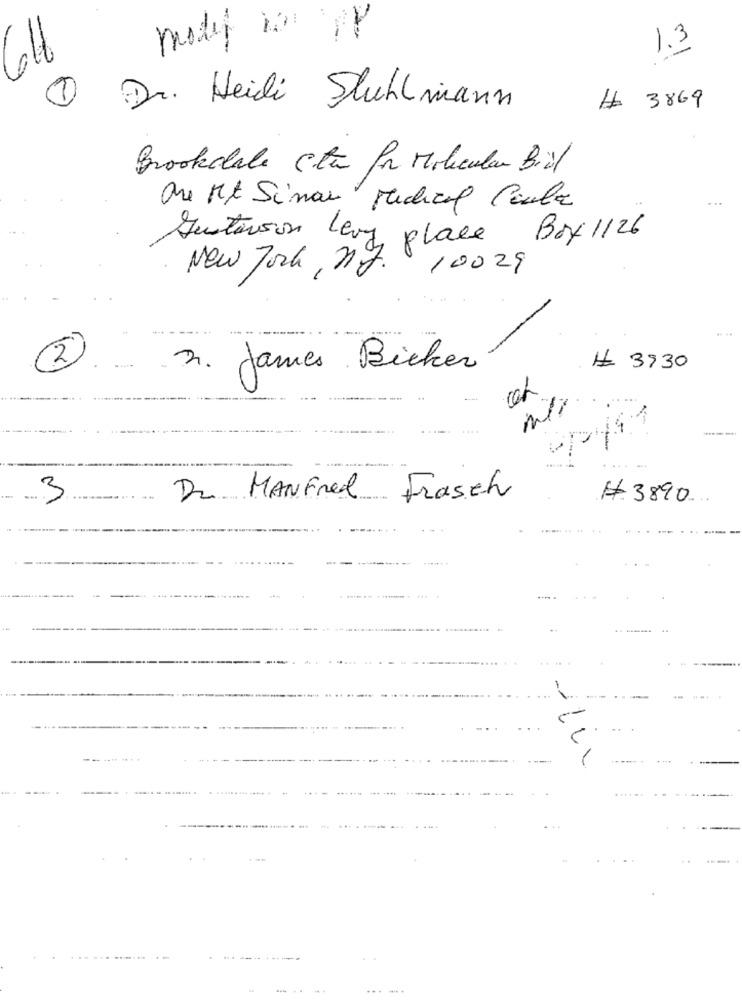
1.3
1
Dr. Heidi Stuhlmann
# 3869
Brookdale Sta for Molecular Bil
are Mt Simon Medical Paula
Gustavson Levy place Boy 1126
New York , ny.
100 29
--.
-
3. James Bicker
# 3930
...
3
Dr. MANFred Frasch
# 3890
-------
...